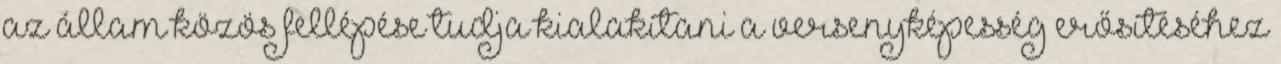
az állam közös fellépése tudja kialakítani a versenyképesség erősítéséhez